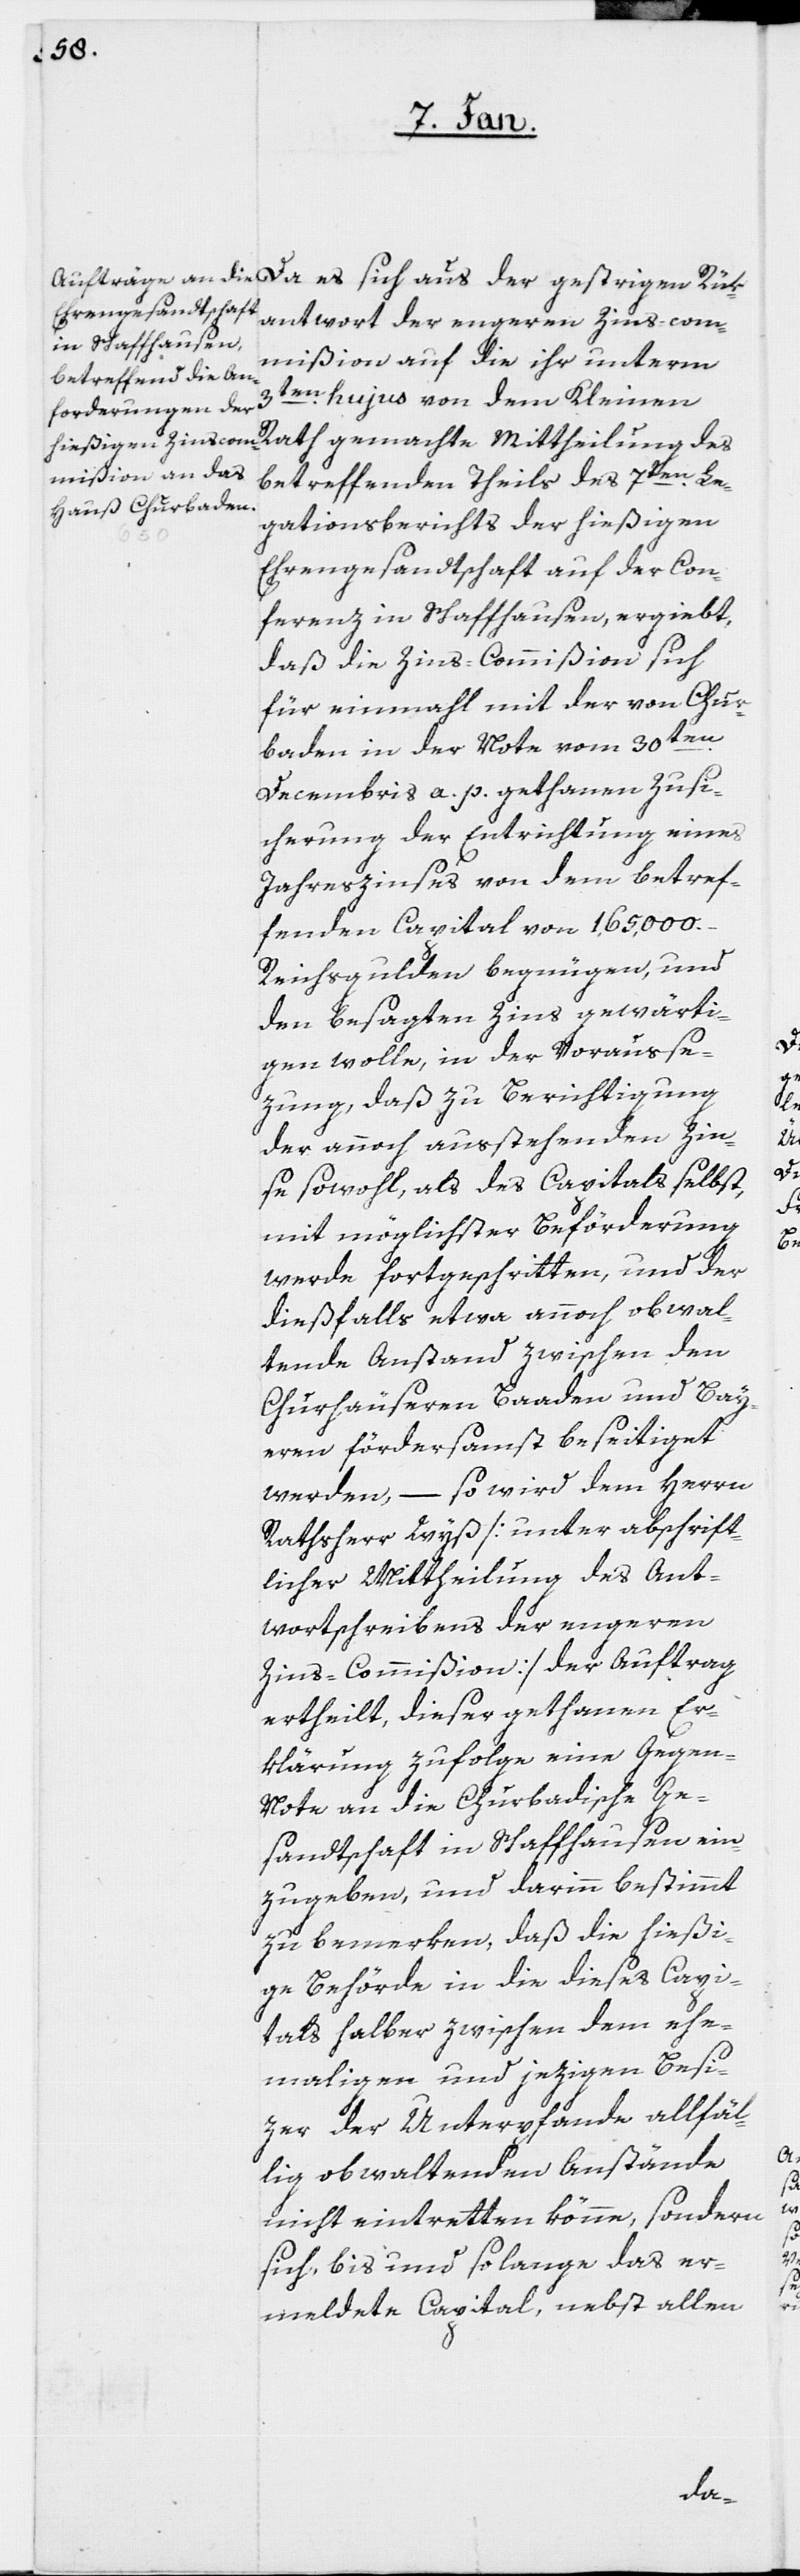
Da es sich aus der gestrigen Rük¬
antwort der engeren Zins-com¬
mißion auf die ihr unterm
3ten. hujus von dem Kleinen
Rath gemachte Mittheilung des
betreffenden Theils des 7ten. Le¬
gationsberichts der hießigen
Ehrengesandtschaft auf der Con¬
ferenz in Schaffhausen, ergiebt,
daß die Zins-Commißion sich
für einmahl mit der von Chur¬
baden in der Note vom 30sten.
Decembris a. p. gethanen Zusi¬
cherung der Entrichtung eines
Jahreszinses von dem betref¬
fenden Capital von 165,000.
Reichsgulden begnügen, und
den besagten Zins gewärti¬
gen wolle, in der Vorausse¬
zung, daß zu Berichtigung
der annoch ausstehenden Zin¬
se sowohl, als des Capitals selbst,
mit möglichster Beförderung
werde fortgeschritten, und der
dießfalls etwa annoch obwal¬
tende Anstand zwischen den
Churhäuseren Baaden und Bay¬
ern fördersamst beseitiget
werden, – so wird dem Herrn
Rathsherr Wyß [unter abschrift¬
licher Mittheilung des Ant¬
wortschreibens der engeren
Zins-Commißion] der Auftrag
ertheilt, dieser gethanen Er¬
klärung zufolge eine Gegen-N¬
ote an die Churbadische Ge¬
sandtschaft in Schaffhausen ein¬
zugeben, und darinn bestimmt
zu bemerken, daß die hießi¬
ge Behörde in die dieses Capi¬
tals halber zwischen dem ehe¬
maligen und jezigen Besi¬
zer der Unterpfande allfäl¬
ig obwaltenden Anstände
nicht eintreten könne, sondern
sich, bis und solange das er¬
meldete Capital, nebst allen